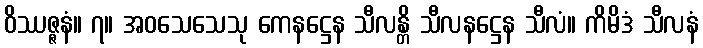
ဝိဿဇ္ဇနံ။ ၇။ အဝသေသေသု ကေနဋ္ဌေန သီလန္တိ သီလနဋ္ဌေန သီလံ။ ကိမိဒံ သီလနံ